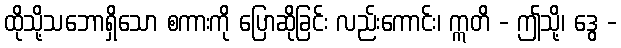
ထိုသို့သဘောရှိသော စကားကို ပြောဆိုခြင်း လည်းကောင်း၊ ဣတိ - ဤသို့၊ ဒွေ -